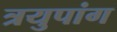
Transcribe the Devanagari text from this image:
त्रयुपांग